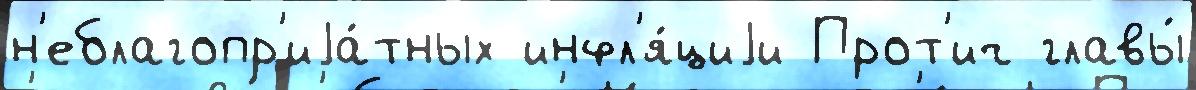
н'еблагопр'иjа́тных инфл'я́циjи Прот'ич главы́